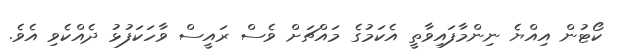
ކޯޓުން އިއްޔެ ނިންމާފައިވާތީ އެކަމުގެ މައްޗަށް ވެސް ރައީސް ވާހަކަފުޅު ދެއްކެވި އެވެ.